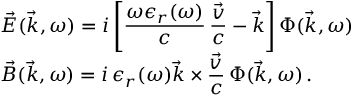
\begin{array} { l } { \displaystyle \vec { E } ( \vec { k } , \omega ) = i \left[ \frac { \omega \epsilon _ { r } ( \omega ) } { c } \, \frac { \vec { v } } { c } - \vec { k } \right] \Phi ( \vec { k } , \omega ) } \\ { \displaystyle \vec { B } ( \vec { k } , \omega ) = i \, \epsilon _ { r } ( \omega ) \vec { k } \times \frac { \vec { v } } { c } \, \Phi ( \vec { k } , \omega ) \, . } \end{array}